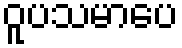
ဝူပသမာပေ